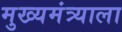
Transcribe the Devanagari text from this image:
मुख्यमंत्र्याला